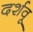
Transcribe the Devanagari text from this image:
दर्शवू